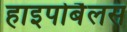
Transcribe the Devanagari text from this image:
हाइपोबैलस